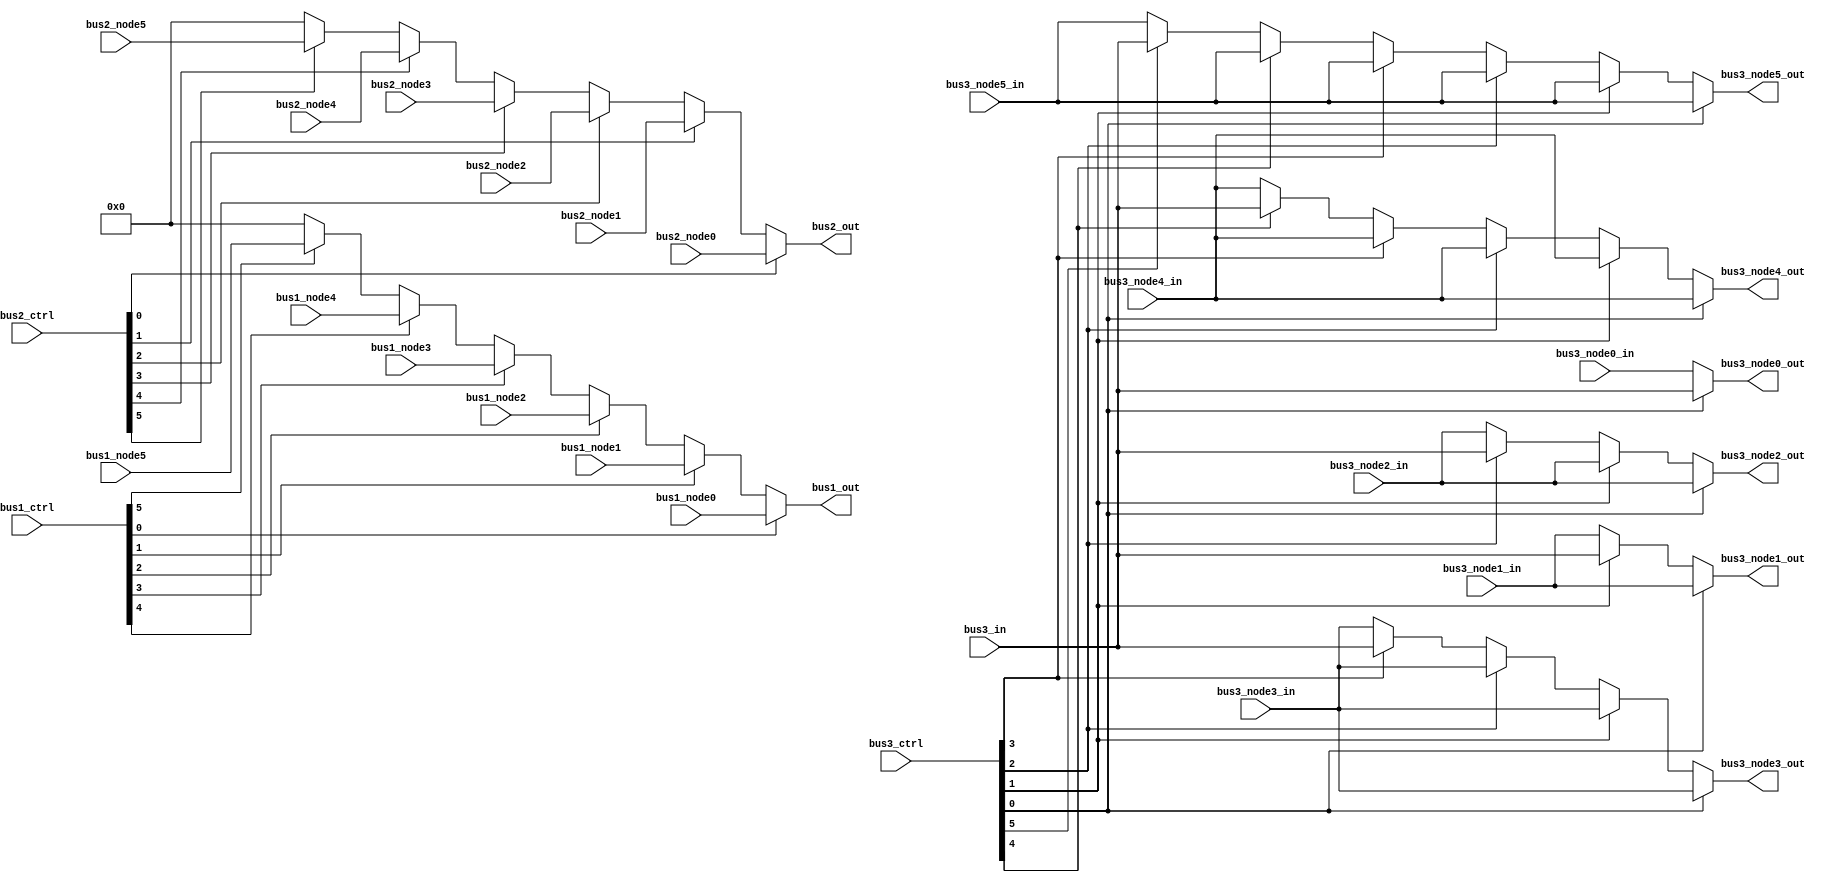
/// ==============================================================================
/// ARSC (A Relatively Simple Computer) License
/// ==============================================================================
/// 
/// ARSC is distributed under the following BSD-style license:
/// 
/// Copyright (c) 2016-2017 Dzanan Bajgoric
/// All rights reserved.
/// 
/// Redistribution and use in source and binary forms, with or without modification,
/// are permitted provided that the following conditions are met:
/// 
/// 1. Redistributions of source code must retain the above copyright notice, this
///    list of conditions and the following disclaimer.
/// 
/// 2. Redistributions in binary form must reproduce the above copyright notice, this
///    list of conditions and the following disclaimer in the documentation and/or other
///    materials provided with the distribution.
/// 
/// 3. The name of the author may not be used to endorse or promote products derived from
///    this product without specific prior written permission from the author.
/// 
/// 4. Products derived from this product may not be called "ARSC" nor may "ARSC" appear
///    in their names without specific prior written permission from the author.
/// 
/// THIS PRODUCT IS PROVIDED ``AS IS'' AND ANY EXPRESS OR IMPLIED WARRANTIES, INCLUDING,
/// BUT NOT LIMITED TO, THE IMPLIED WARRANTIES OF MERCHANTABILITY AND FITNESS FOR A PARTICULAR
/// PURPOSE ARE DISCLAIMED. IN NO EVENT SHALL THE AUTHOR BE LIABLE FOR ANY DIRECT, INDIRECT,
/// INCIDENTAL, SPECIAL, EXEMPLARY, OR CONSEQUENTIAL DAMAGES (INCLUDING, BUT NOT LIMITED TO
/// PROCUREMENT OF SUBSTITUTE GOODS OR SERVICES; LOSS OF USE, DATA, OR PROFITS; OR BUSINESS
/// INTERRUPTION) HOWEVER CAUSED AND ON ANY THEORY OF LIABILITY, WHETHER IN CONTRACT, STRICT
/// LIABILITY, OR TORT (INCLUDING NEGLIGENCE OR OTHERWISE) ARISING IN ANY WAY OUT OF THE USE
/// OF THIS PRODUCT, EVEN IF ADVISED OF THE POSSIBILITY OF SUCH DAMAGE.
///
///
/// ARSC INTERNAL BUS
///
/// ARSC internal bus system contains three bus lines, two input and one output
/// line. Input bus line has one or more input nodes but only a single output
/// node. Output bus line has a single input and one or more output nodes.
/// Input/output lines are limited to five input/output nodes.
///
/// The output line works as follows: based on the control signal, the input
/// is routed to exactly one or none output nodes. For unselected output nodes,
/// their existing data is routed to the corresponding output. For this to
/// work, all output nodes must be connected as inputs to the bus. And, the
/// output nodes must be clocked so that the new value will be taken only on
/// the active edge of the clock. This basically means that output nodes of
/// this bus must be a set of registers whose outputs are connected to inputs
/// of the BUS3, and their inputs are connected to the outputs of the BUS3
module arsc_bus
#(
    parameter N = 16    /// Bus width
)
(
    /// BUS1 (input line)
    input wire [5:0] bus1_ctrl,
    input wire [N-1:0] bus1_node0,
    input wire [N-1:0] bus1_node1,
    input wire [N-1:0] bus1_node2,
    input wire [N-1:0] bus1_node3,
    input wire [N-1:0] bus1_node4,
    input wire [N-1:0] bus1_node5,
    output wire [N-1:0] bus1_out,
    
    /// BUS2 (input line)
    input wire [5:0] bus2_ctrl,
    input wire [N-1:0] bus2_node0,
    input wire [N-1:0] bus2_node1,
    input wire [N-1:0] bus2_node2,
    input wire [N-1:0] bus2_node3,
    input wire [N-1:0] bus2_node4,
    input wire [N-1:0] bus2_node5,
    output wire [N-1:0] bus2_out,
    
    /// BUS3 (output line)
    input wire [5:0] bus3_ctrl,
    input wire [N-1:0] bus3_in,
    input wire [N-1:0] bus3_node0_in,
    input wire [N-1:0] bus3_node1_in,
    input wire [N-1:0] bus3_node2_in,
    input wire [N-1:0] bus3_node3_in,
    input wire [N-1:0] bus3_node4_in,
    input wire [N-1:0] bus3_node5_in,
    output reg [N-1:0] bus3_node0_out,
    output reg [N-1:0] bus3_node1_out,
    output reg [N-1:0] bus3_node2_out,
    output reg [N-1:0] bus3_node3_out,
    output reg [N-1:0] bus3_node4_out,
    output reg [N-1:0] bus3_node5_out
);

    /// Route inputs to BUS1 depending on the control signal
    assign bus1_out =
        (bus1_ctrl[0] == 1'b1) ? bus1_node0 :
        (bus1_ctrl[1] == 1'b1) ? bus1_node1 :
        (bus1_ctrl[2] == 1'b1) ? bus1_node2 :
        (bus1_ctrl[3] == 1'b1) ? bus1_node3 :
        (bus1_ctrl[4] == 1'b1) ? bus1_node4 :
        (bus1_ctrl[5] == 1'b1) ? bus1_node5 :
        { N{ 1'b0 } };
    
    /// Route inputs to BUS2 depending on the control signal
    assign bus2_out =
        (bus2_ctrl[0] == 1'b1) ? bus2_node0 :
        (bus2_ctrl[1] == 1'b1) ? bus2_node1 :
        (bus2_ctrl[2] == 1'b1) ? bus2_node2 :
        (bus2_ctrl[3] == 1'b1) ? bus2_node3 :
        (bus2_ctrl[4] == 1'b1) ? bus2_node4 :
        (bus2_ctrl[5] == 1'b1) ? bus2_node5 :
        { N{ 1'b0 } };
    
    /// Route input signal of the BUS3 to correct output port
    always @*
    begin
        /// Defaults
        bus3_node0_out = bus3_node0_in;
        bus3_node1_out = bus3_node1_in;
        bus3_node2_out = bus3_node2_in;
        bus3_node3_out = bus3_node3_in;
        bus3_node4_out = bus3_node4_in;
        bus3_node5_out = bus3_node5_in;
        
        if (bus3_ctrl[0] == 1'b1)
            bus3_node0_out = bus3_in;
        else if (bus3_ctrl[1] == 1'b1)
            bus3_node1_out = bus3_in;
        else if (bus3_ctrl[2] == 1'b1)
            bus3_node2_out = bus3_in;
        else if (bus3_ctrl[3] == 1'b1)
            bus3_node3_out = bus3_in;
        else if (bus3_ctrl[4] == 1'b1)
            bus3_node4_out = bus3_in;
        else if (bus3_ctrl[5] == 1'b1)
            bus3_node5_out = bus3_in;
    end
endmodule